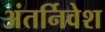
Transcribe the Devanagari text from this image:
अंतर्निवेश